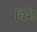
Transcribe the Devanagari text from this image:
बिशे